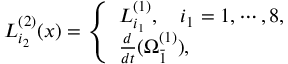
L _ { i _ { 2 } } ^ { ( 2 ) } ( x ) = \left\{ \begin{array} { l l } { { L _ { i _ { 1 } } ^ { ( 1 ) } , \ \ \ i _ { 1 } = 1 , \cdots , 8 , } } \\ { { \frac { d } { d t } ( \Omega _ { \bar { 1 } } ^ { ( 1 ) } ) , } } \end{array} \right.